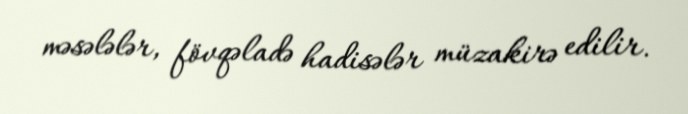
məsələlər, fövqəladə hadisələr müzakirə edilir.